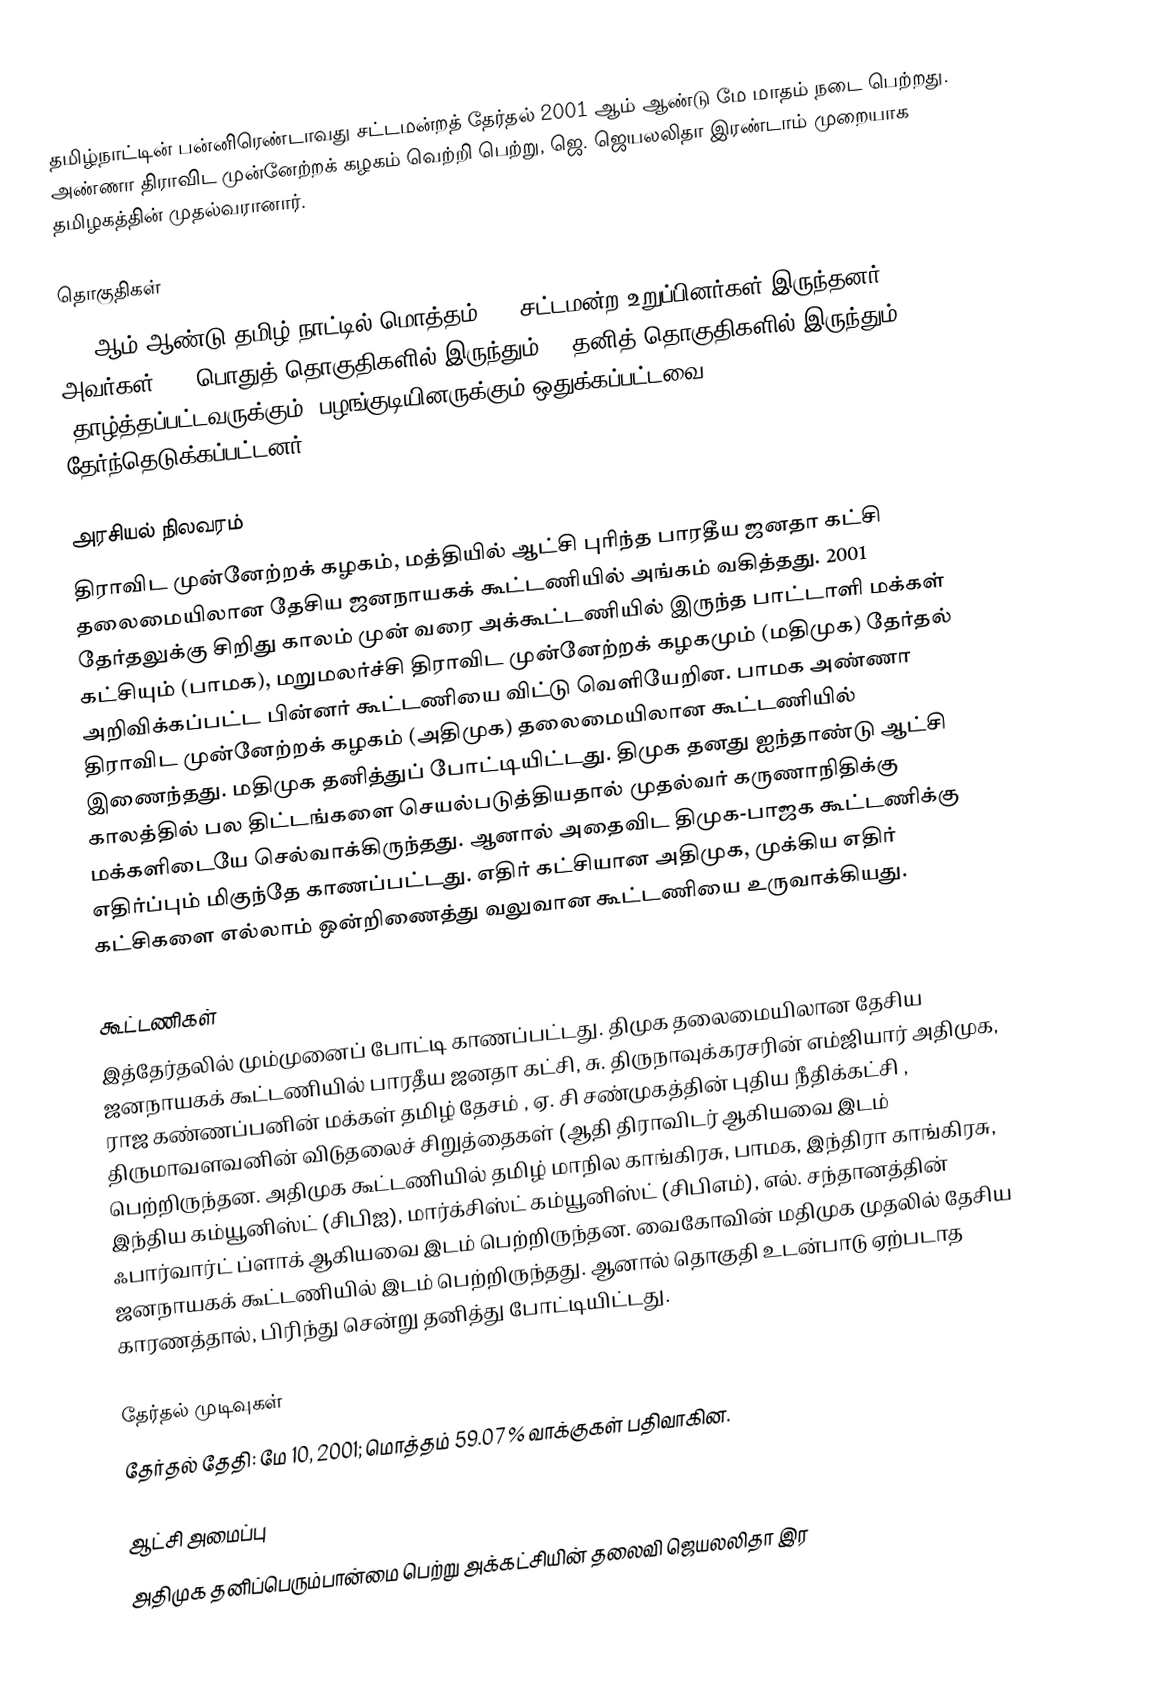
தமிழ்நாட்டின் பன்னிரெண்டாவது சட்டமன்றத் தேர்தல் 2001 ஆம் ஆண்டு மே மாதம் நடை பெற்றது. அண்ணா திராவிட முன்னேற்றக் கழகம் வெற்றி பெற்று, ஜெ. ஜெயலலிதா இரண்டாம் முறையாக தமிழகத்தின் முதல்வரானார்.

தொகுதிகள்
2001ஆம் ஆண்டு தமிழ் நாட்டில் மொத்தம் 234 சட்டமன்ற உறுப்பினர்கள் இருந்தனர். அவர்கள் 189  பொதுத் தொகுதிகளில் இருந்தும் 45 தனித் தொகுதிகளில் இருந்தும் (தாழ்த்தப்பட்டவருக்கும், பழங்குடியினருக்கும் ஒதுக்கப்பட்டவை) தேர்ந்தெடுக்கப்பட்டனர்.

அரசியல் நிலவரம்
திராவிட முன்னேற்றக் கழகம், மத்தியில் ஆட்சி புரிந்த பாரதீய ஜனதா கட்சி தலைமையிலான தேசிய ஜனநாயகக் கூட்டணியில் அங்கம் வகித்தது. 2001 தேர்தலுக்கு சிறிது காலம் முன் வரை அக்கூட்டணியில் இருந்த பாட்டாளி மக்கள் கட்சியும் (பாமக), மறுமலர்ச்சி திராவிட முன்னேற்றக் கழகமும் (மதிமுக) தேர்தல் அறிவிக்கப்பட்ட பின்னர் கூட்டணியை விட்டு வெளியேறின. பாமக அண்ணா திராவிட முன்னேற்றக் கழகம் (அதிமுக) தலைமையிலான கூட்டணியில் இணைந்தது. மதிமுக தனித்துப் போட்டியிட்டது. திமுக தனது ஐந்தாண்டு ஆட்சி காலத்தில் பல திட்டங்களை செயல்படுத்தியதால் முதல்வர் கருணாநிதிக்கு மக்களிடையே  செல்வாக்கிருந்தது. ஆனால் அதைவிட திமுக-பாஜக கூட்டணிக்கு எதிர்ப்பும் மிகுந்தே காணப்பட்டது. எதிர் கட்சியான அதிமுக, முக்கிய எதிர் கட்சிகளை எல்லாம் ஒன்றிணைத்து வலுவான கூட்டணியை உருவாக்கியது.

கூட்டணிகள்
இத்தேர்தலில் மும்முனைப் போட்டி காணப்பட்டது. திமுக தலைமையிலான தேசிய ஜனநாயகக் கூட்டணியில் பாரதீய ஜனதா கட்சி, சு. திருநாவுக்கரசரின் எம்ஜியார் அதிமுக, ராஜ கண்ணப்பனின் மக்கள் தமிழ் தேசம் , ஏ. சி சண்முகத்தின் புதிய நீதிக்கட்சி , திருமாவளவனின் விடுதலைச் சிறுத்தைகள் (ஆதி திராவிடர் ஆகியவை இடம் பெற்றிருந்தன. அதிமுக கூட்டணியில் தமிழ் மாநில காங்கிரசு, பாமக, இந்திரா காங்கிரசு, இந்திய கம்யூனிஸ்ட் (சிபிஐ),  மார்க்சிஸ்ட் கம்யூனிஸ்ட் (சிபிஎம்), எல். சந்தானத்தின் ஃபார்வார்ட் ப்ளாக் ஆகியவை இடம் பெற்றிருந்தன. வைகோவின் மதிமுக முதலில் தேசிய ஜனநாயகக் கூட்டணியில் இடம் பெற்றிருந்தது. ஆனால் தொகுதி உடன்பாடு ஏற்படாத காரணத்தால், பிரிந்து சென்று தனித்து போட்டியிட்டது.

தேர்தல் முடிவுகள்
தேர்தல் தேதி: மே 10, 2001; மொத்தம் 59.07 % வாக்குகள் பதிவாகின.

ஆட்சி அமைப்பு
அதிமுக தனிப்பெரும்பான்மை பெற்று அக்கட்சியின் தலைவி ஜெயலலிதா இர